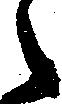
々